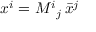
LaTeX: x ^ { i } = { M ^ { i } { } _ { j } } \, { \bar { x } } ^ { j }